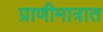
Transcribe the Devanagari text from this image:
प्राणीमात्रात